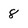
Character: 8